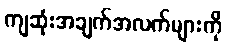
ကျဆုံးအချက်အလက်များကို